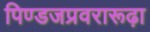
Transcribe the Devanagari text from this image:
पिण्डजप्रवरारूढ़ा